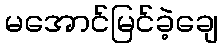
မအောင်မြင်ခဲ့ချေ